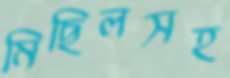
মিছিলসহ